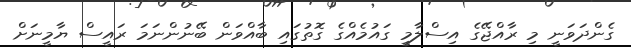
ގެންދަވަނީ މި ރާއްޖޭގެ އިސްލާމީ ގައުމެއްގެ ގޮތުގައި ބާއްވަން ބޭނުންނަމަ ރައީސް ޔާމީނަށް